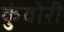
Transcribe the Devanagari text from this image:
कुंवोरी